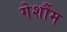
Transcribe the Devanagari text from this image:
गेर्शौम